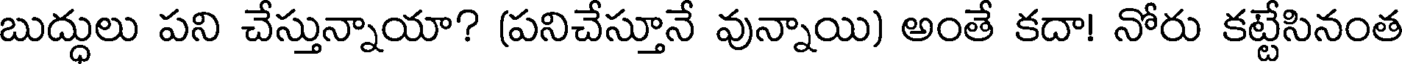
బుద్ధులు పని చేస్తున్నాయా? (పనిచేస్తూనే వున్నాయి) అంతే కదా! నోరు కట్టేసినంత